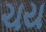
ચય